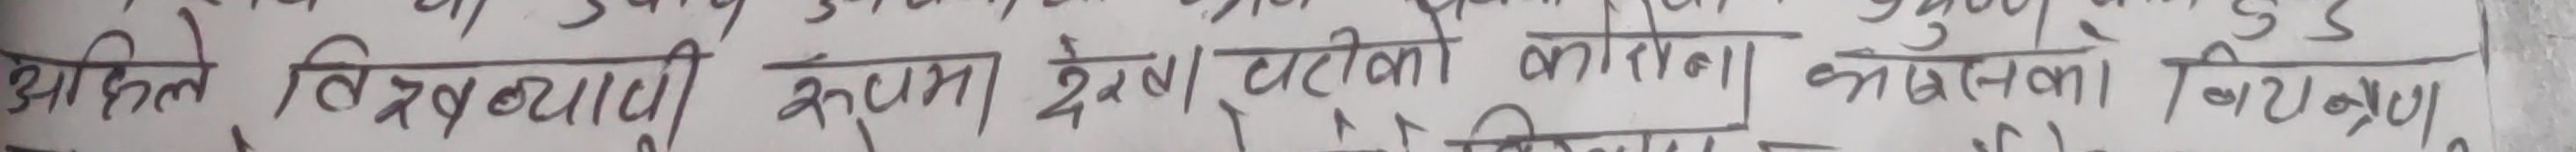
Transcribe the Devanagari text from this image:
अहिले वितरणब्याजी रुकुम क्षेत्रको कारणले त्यसका विचरण